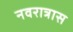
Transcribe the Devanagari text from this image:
नवरात्रास